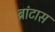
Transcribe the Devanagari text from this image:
ब्रांटास